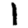
Digit: 1